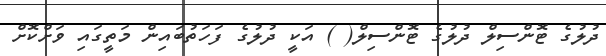
ދުލުގެ ޓޮންސިލް ދުލުގެ ޓޮންސިލް( ) އަކީ ދުލުގެ ފަހަތުބައިން މަތީގައި ވަށްކޮށް